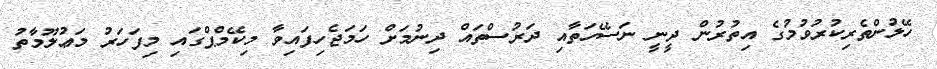
ހޭލުންތެރިކުރުވުމުގެ އިތުރުން ދީނީ ނަސޭހަތާއި ދަރުސްތައް ދިނުމަށް ހަމަޖެހިފައިވާ މިކޭމްޕްގައި މިފަހަރު މަޢުލޫމާތު